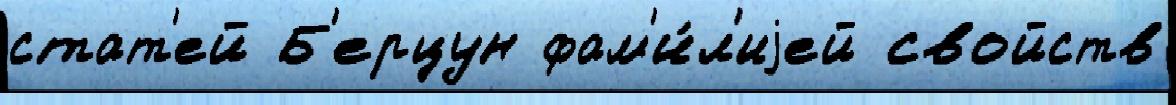
стат'ей Б'ерцун фам'и́л'иjей свойств